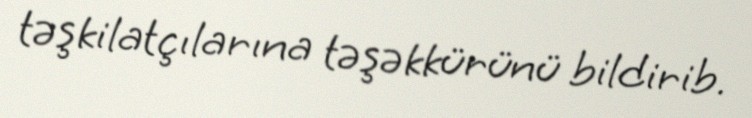
təşkilatçılarına təşəkkürünü bildirib.